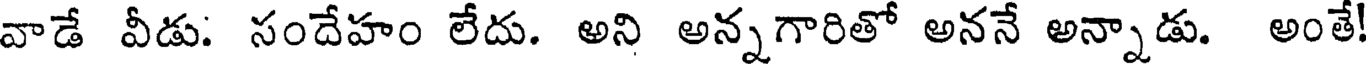
వాడే వీడు: సందేహం లేదు. అని అన్నగారితో అననే అన్నాడు. అంతే!